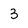
Character: 3